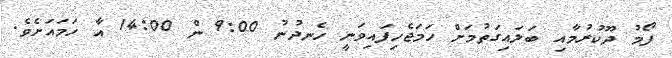
ފޯމު ދޫކުރުމާއި ބަލައިގަތުމަށް ހަމަޖެހިފައިވަނީ ހެނދުނު 9:00 ން 14:00 އާ ހަމައަށެވެ.